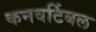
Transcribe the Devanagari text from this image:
कनवर्टिबल